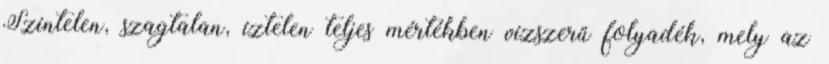
Színtelen, szagtalan, íztelen teljes mértékben vízszerű folyadék, mely az